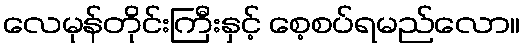
လေမုန်တိုင်းကြီးနှင့် စေ့စပ်ရမည်လော။